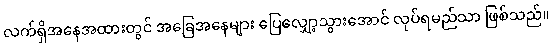
လက်ရှိအနေအထားတွင် အခြေအနေများ ပြေလျှော့သွားအောင် လုပ်ရမည်သာ ဖြစ်သည်။